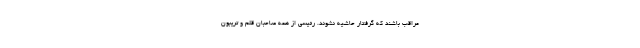
مراقب باشند که گرفتار حاشیه نشوند. رئیسی از همه صاحبان قلم و تریبون